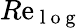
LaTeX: R\mathrm{e}_{\mathrm{{~l~o~g~}}}